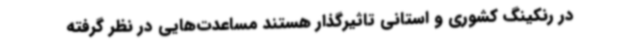
در رنکینگ کشوری و استانی تاثیرگذار هستند مساعدت‌هایی در نظر گرفته